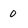
Character: 0